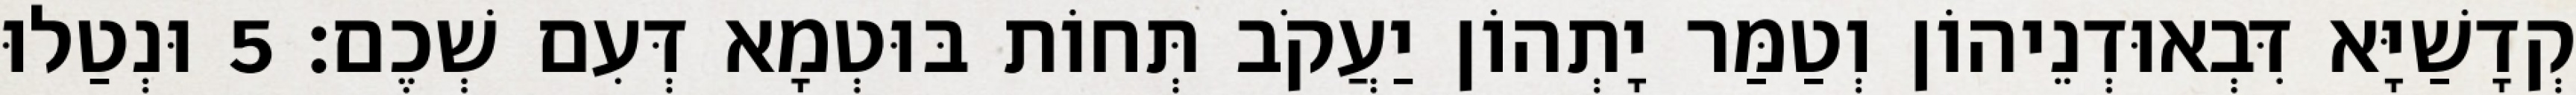
קְדָשַׁיָּא דִּבְאוּדְנֵיהוֹן וְטַמַּר יָתְהוֹן יַעֲקֹב תְּחוֹת בּוּטְמָא דְּעִם שְׁכֶם׃ 5 וּנְטַלוּ